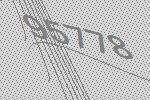
95778